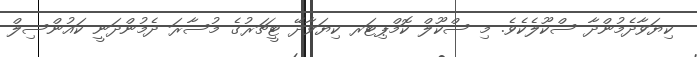
ކިޔަވާދެމުންދާ ސްކޫލެކެވެ. މި ސްކޫލް ކޮމްޕިޓަރ ކިޔަވާދޭ ޓީޗަރުގެ މުސާރަ ދެމުންދަނީ ކައުންސިލް